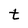
Character: t